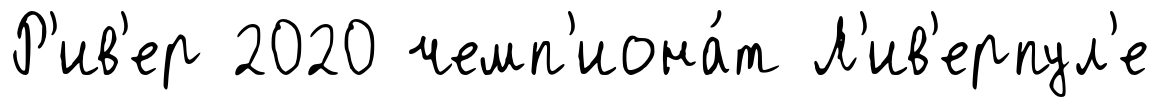
Р'ив'ер 2020 чемп'иона́т Л'ив'ерпул'е